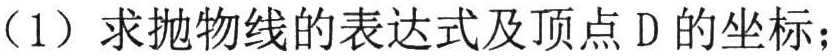
（1）求抛物线的表达式及顶点\(D\)的坐标；